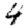
Digit: 4